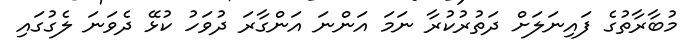
މުބާރާތުގެ ފައިނަލަށް ދަތުރުކުރާ ނަމަ އަންނަ އަންގާރަ ދުވަހު ކުޅޭ ދެވަނަ ލެގުގައި